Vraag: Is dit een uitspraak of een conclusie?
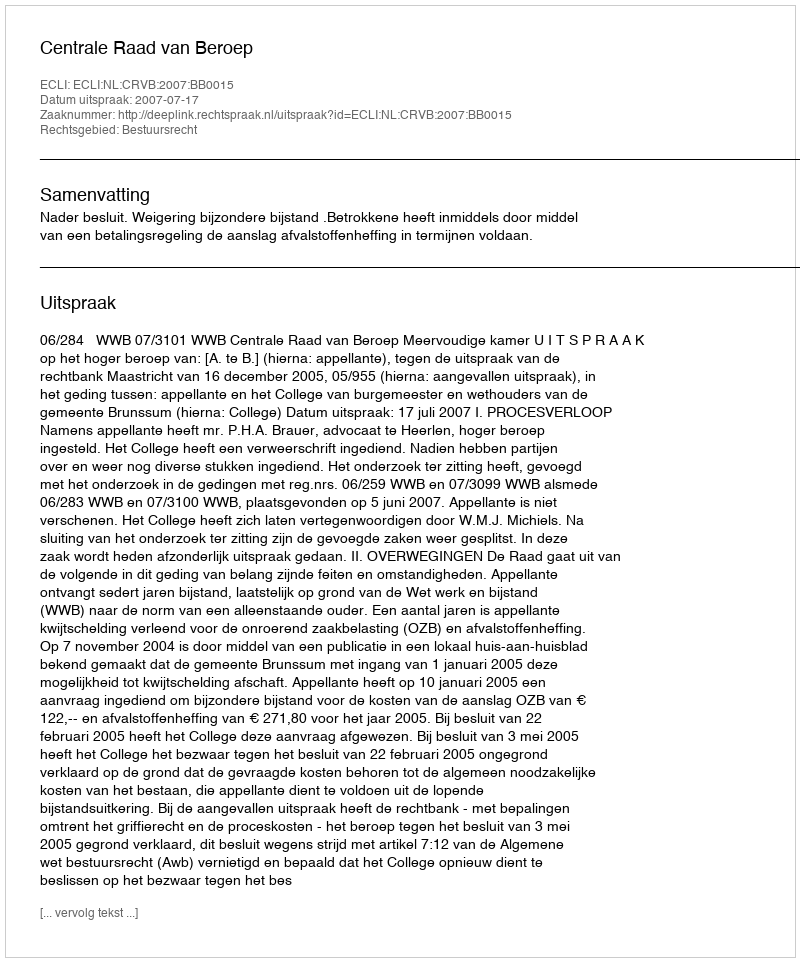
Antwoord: Uitspraak